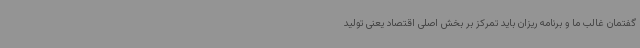
گفتمان غالب ما و برنامه ریزان باید تمرکز بر بخش اصلی اقتصاد یعنی تولید